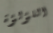
اللؤلؤة